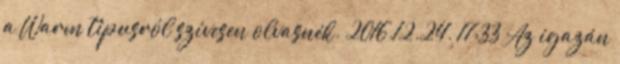
a Warm tipusról szívesen olvasnék. 2016.12.24. 17:33 Az igazán